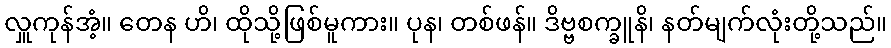
လှူကုန်အံ့။ တေန ဟိ၊ ထိုသို့ဖြစ်မူကား။ ပုန၊ တစ်ဖန်။ ဒိဗ္ဗစက္ခူနိ၊ နတ်မျက်လုံးတို့သည်။